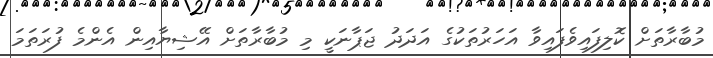
މުބާރާތަށް ކޮލިފައިވެފައިވާ އަހަރުތަކުގެ އަދަދު ޖަޕާނަކީ މި މުބާރާތަށް އޭޝިޔާއިން އެންމެ ފުރަތަމަ